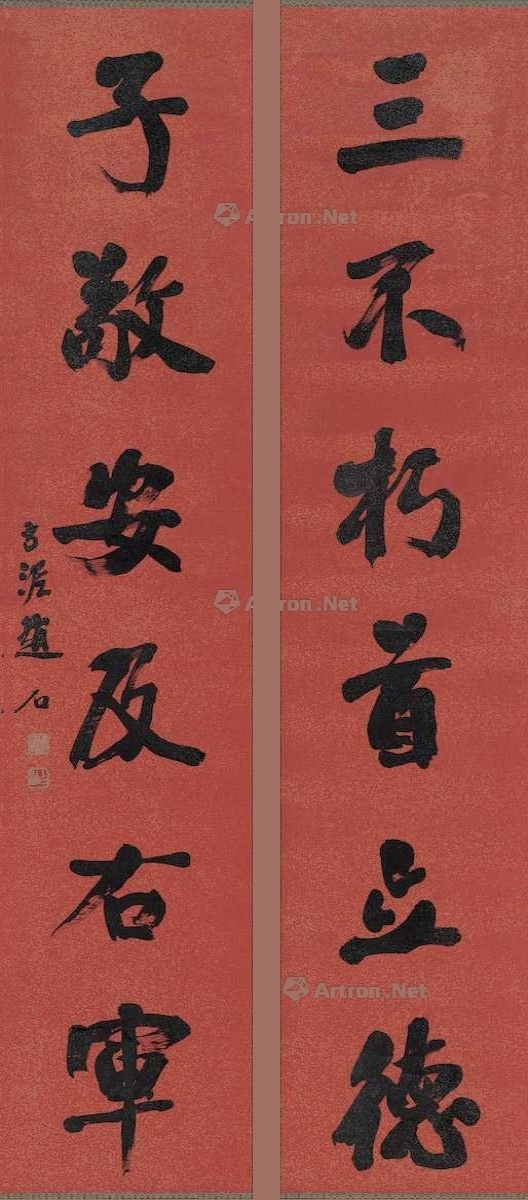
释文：三不朽首立德，子敬安及右军。古泥赵石。